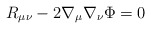
\begin{align*}R_{\mu \nu} -2\nabla_{\mu}\nabla_{\nu}\Phi=0\end{align*}